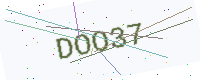
Text: DOO37